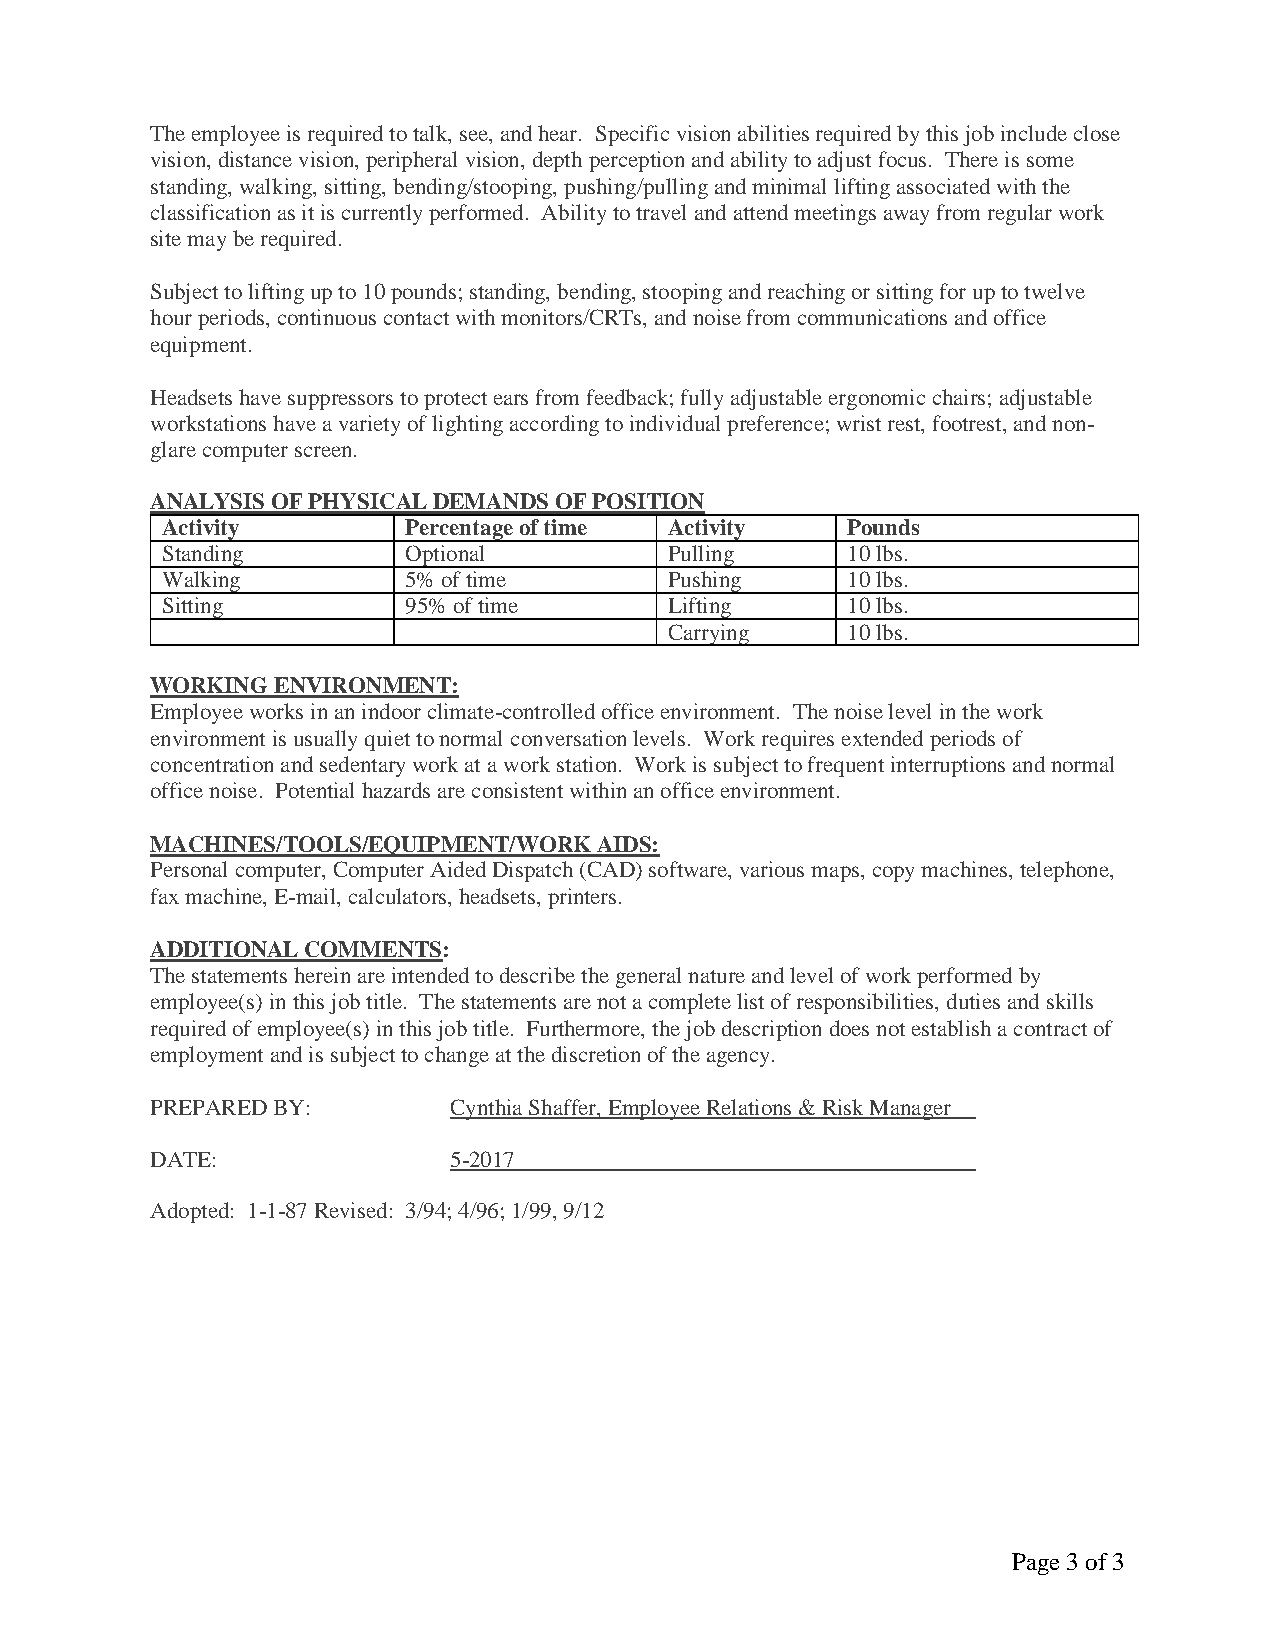
The employee is required to talk, see, and hear. Specific vision abilities required by this job include close
 vision, distance vision, peripheral vision, depth perception and ability to adjust focus. There is some
 standing, walking, sitting, bending/stooping, pushing/pulling and minimal lifting associated with the
 classification as it is currently performed. Ability to travel and attend meetings away from regular work
 site may be required.
 Subject to lifting up to 10 pounds; standing, bending, stooping and reaching or sitting for up to twelve
 hour periods, continuous contact with monitors/CRTs, and noise from communications and office
 equipment.
 Headsets have suppressors to protect ears from feedback; fully adjustable ergonomic chairs; adjustable
 workstations have a variety of lighting according to individual preference; wrist rest, footrest, and non-
 glare computer screen.
 ANALYSIS OF PHYSICAL DEMANDS OF POSITION
 Activity        Percentage of time Activity  Pounds
 Standing        Optional         Pulling     10 lbs.
 Walking         5% of time       Pushing     10 lbs.
 Sitting         95% of time      Lifting     10 lbs.
 Carrying    10 lbs.
 WORKING ENVIRONMENT:
 Employee works in an indoor climate-controlled office environment. The noise level in the work
 environment is usually quiet to normal conversation levels. Work requires extended periods of
 concentration and sedentary work at a work station. Work is subject to frequent interruptions and normal
 office noise. Potential hazards are consistent within an office environment.
 MACHINES/TOOLS/EQUIPMENT/WORK AIDS:
 Personal computer, Computer Aided Dispatch (CAD) software, various maps, copy machines, telephone,
 fax machine, E-mail, calculators, headsets, printers.
 ADDITIONAL COMMENTS:
 The statements herein are intended to describe the general nature and level of work performed by
 employee(s) in this job title. The statements are not a complete list of responsibilities, duties and skills
 required of employee(s) in this job title. Furthermore, the job description does not establish a contract of
 employment and is subject to change at the discretion of the agency.
 PREPARED BY:        Cynthia Shaffer, Employee Relations & Risk Manager
 DATE:               5-2017
 Adopted: 1-1-87 Revised: 3/94; 4/96; 1/99, 9/12
 Page 3 of 3